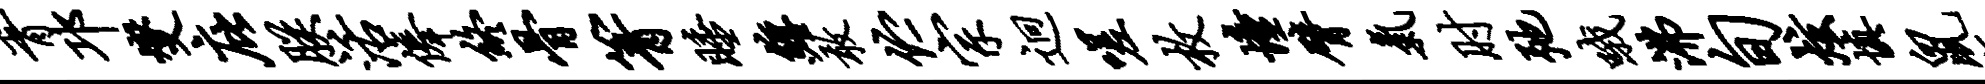
胥邛燮庇朕活俸终骨箐睡缠敢伫宗迥嗟枚憧臂气肘弛哦沸旬炫填鼠既